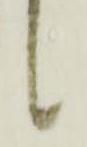
々